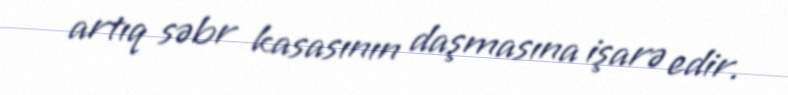
artıq səbr kasasının daşmasına işarə edir.